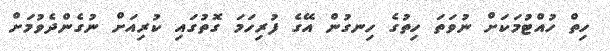
ހިތް ހުއްޓުމަކަށް ނުވަތަ ހިތުގެ ހިނގުން އޭގެ ފުރިހަމަ ގޮތުގައި ކުރިއަށް ނުގެންދެވުމަށް